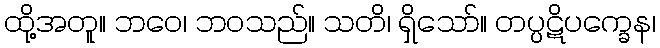
ထို့အတူ။ ဘဝေ၊ ဘဝသည်။ သတိ၊ ရှိသော်။ တပ္ပဋိပက္ခေန၊